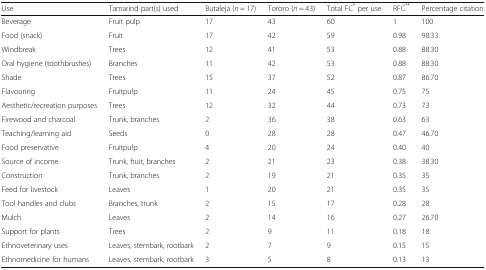
<table><thead><tr><td><b>Use</b></td><td><b>Tamarind part(s) used</b></td><td><b>Butaleja (<i>n</i> = 17)</b></td><td><b>Tororo (<i>n</i> = 43)</b></td><td><b>Total FC<sup>*</sup> per use</b></td><td><b>RFC<sup>**</sup></b></td><td><b>Percentage citation</b></td></tr></thead><tbody><tr><td>Beverage</td><td>Fruit pulp</td><td>17</td><td>43</td><td>60</td><td>1</td><td>100</td></tr><tr><td>Food (snack)</td><td>Fruit</td><td>17</td><td>42</td><td>59</td><td>0.98</td><td>98.33</td></tr><tr><td>Windbreak</td><td>Trees</td><td>12</td><td>41</td><td>53</td><td>0.88</td><td>88.30</td></tr><tr><td>Oral hygiene (toothbrushes)</td><td>Branches</td><td>11</td><td>42</td><td>53</td><td>0.88</td><td>88.30</td></tr><tr><td>Shade</td><td>Trees</td><td>15</td><td>37</td><td>52</td><td>0.87</td><td>86.70</td></tr><tr><td>Flavouring</td><td>Fruitpulp</td><td>11</td><td>24</td><td>45</td><td>0.75</td><td>75</td></tr><tr><td>Aesthetic/recreation purposes</td><td>Trees</td><td>12</td><td>32</td><td>44</td><td>0.73</td><td>73</td></tr><tr><td>Firewood and charcoal</td><td>Trunk, branches</td><td>2</td><td>36</td><td>38</td><td>0.63</td><td>63</td></tr><tr><td>Teaching/learning aid</td><td>Seeds</td><td>0</td><td>28</td><td>28</td><td>0.47</td><td>46.70</td></tr><tr><td>Food preservative</td><td>Fruitpulp</td><td>4</td><td>20</td><td>24</td><td>0.40</td><td>40</td></tr><tr><td>Source of income</td><td>Trunk, fruit, branches</td><td>2</td><td>21</td><td>23</td><td>0.38</td><td>38.30</td></tr><tr><td>Construction</td><td>Trunk, branches</td><td>2</td><td>19</td><td>21</td><td>0.35</td><td>35</td></tr><tr><td>Feed for livestock</td><td>Leaves</td><td>1</td><td>20</td><td>21</td><td>0.35</td><td>35</td></tr><tr><td>Tool handles and clubs</td><td>Branches, trunk</td><td>2</td><td>15</td><td>17</td><td>0.28</td><td>28</td></tr><tr><td>Mulch</td><td>Leaves</td><td>2</td><td>14</td><td>16</td><td>0.27</td><td>26.70</td></tr><tr><td>Support for plants</td><td>Trees</td><td>2</td><td>9</td><td>11</td><td>0.18</td><td>18</td></tr><tr><td>Ethnoveterinary uses</td><td>Leaves, stembark, rootbark</td><td>2</td><td>7</td><td>9</td><td>0.15</td><td>15</td></tr><tr><td>Ethnomedicine for humans</td><td>Leaves, stembark, rootbark</td><td>3</td><td>5</td><td>8</td><td>0.13</td><td>13</td></tr></tbody></table>